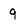
Character: 9